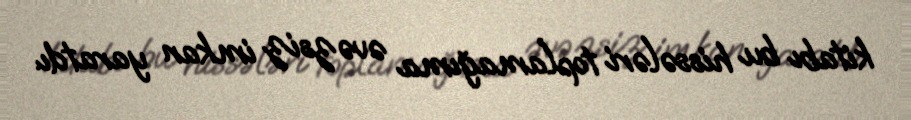
kitabı bu hissələri toplamağıma əvəzsiz imkan yaratdı.